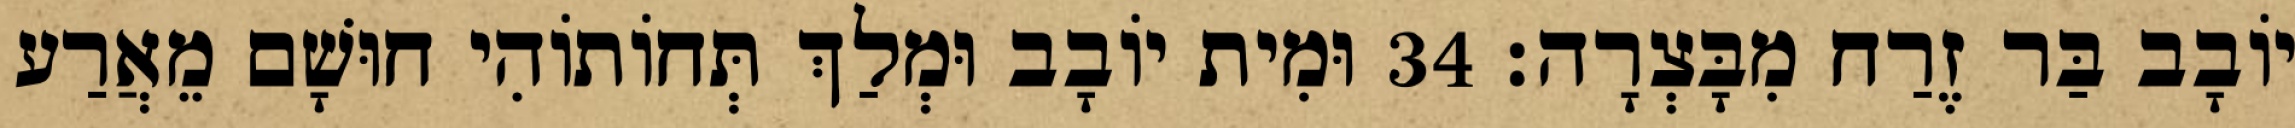
יוֹבָב בַּר זֶרַח מִבָּצְרָה׃ 34 וּמִית יוֹבָב וּמְלַךְ תְּחוֹתוֹהִי חוּשָׁם מֵאֲרַע